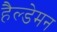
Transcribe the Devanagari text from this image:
हैल्डेमन